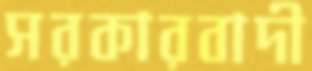
সরকারবাদী